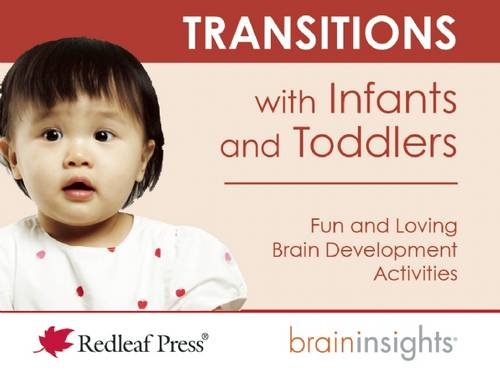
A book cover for Transitions with Infants and Toddlers (Brain Insights); Deborah McNelis; Parenting & Relationships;